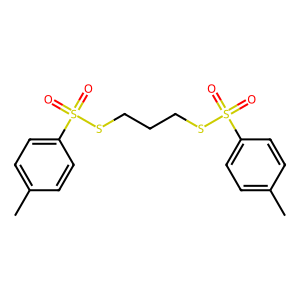
SMILES: Cc1ccc(S(=O)(=O)SCCCSS(=O)(=O)c2ccc(C)cc2)cc1
Inhibits HIV replication: No